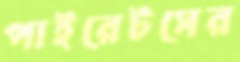
পাইরেটসের